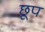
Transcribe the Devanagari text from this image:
छूप